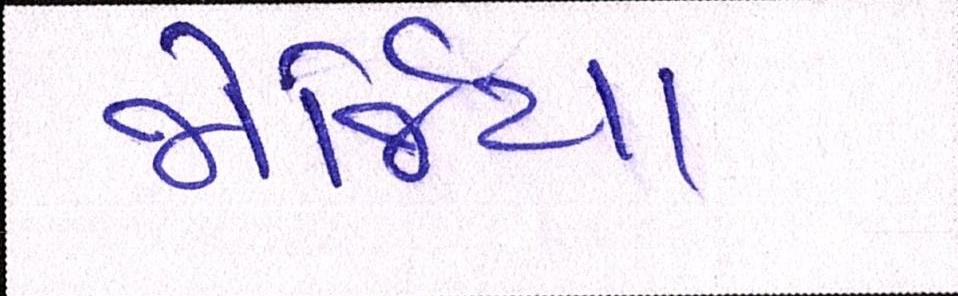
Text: જોર્જિયા